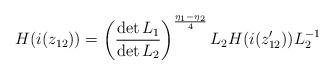
LaTeX: \begin{align*}H(i(z_{12}))=\left(\frac{\det L_{1}}{\det L_{2}}\right)^{\frac{\eta_{1}-\eta_{2}}{4}}L_{2}H(i(z^{\prime}_{12}))L^{-1}_{2}\end{align*}